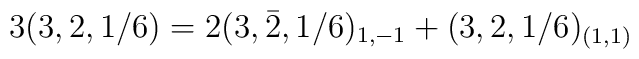
3(3,2,1/6)= 2(3,\bar 2,1/6)_{1,-1}+ (3, 2,1/6)_{(1,1)}